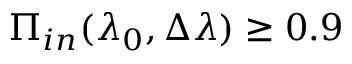
\Pi _ { i n } ( \lambda _ { 0 } , \Delta \lambda ) \geq 0 . 9